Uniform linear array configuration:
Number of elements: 8
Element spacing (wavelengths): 0.25
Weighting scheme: kaiser
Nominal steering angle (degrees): -30
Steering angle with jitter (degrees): -30.447
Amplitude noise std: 0.05
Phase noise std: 0.05

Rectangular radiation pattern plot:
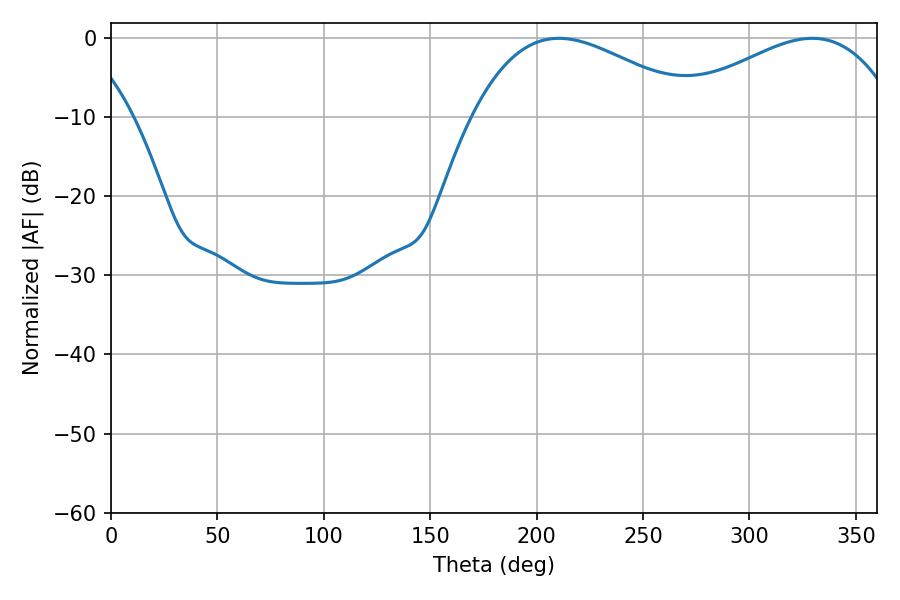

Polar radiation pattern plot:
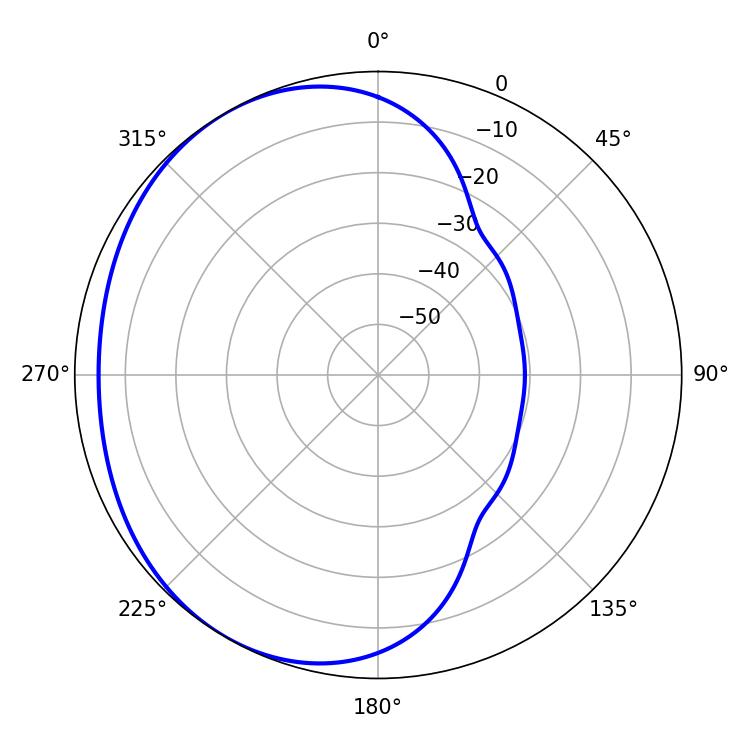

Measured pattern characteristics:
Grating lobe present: FALSE
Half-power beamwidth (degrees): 58.14
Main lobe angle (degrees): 210.42